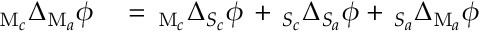
\begin{array} { r l } { _ { \mathrm { M } _ { c } } \Delta _ { \mathrm { M } _ { a } } \phi } & { { } = \, _ { \mathrm { M } _ { c } } \Delta _ { S _ { c } } \phi \, + \, _ { S _ { c } } \Delta _ { S _ { a } } \phi + \, _ { S _ { a } } \Delta _ { \mathrm { M } _ { a } } \phi } \end{array}